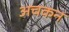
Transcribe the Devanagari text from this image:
अचकन